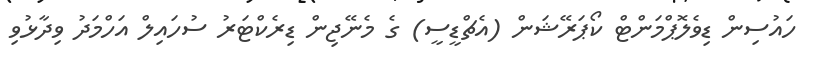
ހައުސިން ޑިވެލޮޕްމަންޓް ކޯޕަރޭޝަން (އެޗްޑީސީ) ގެ މެނޭޖިން ޑިރެކްޓަރު ސުހައިލް އަހްމަދު ވިދާޅުވި